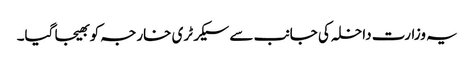
یہ وزارت داخلہ کی جانب سے سیکرٹری خارجہ کو بھیجا گیا۔